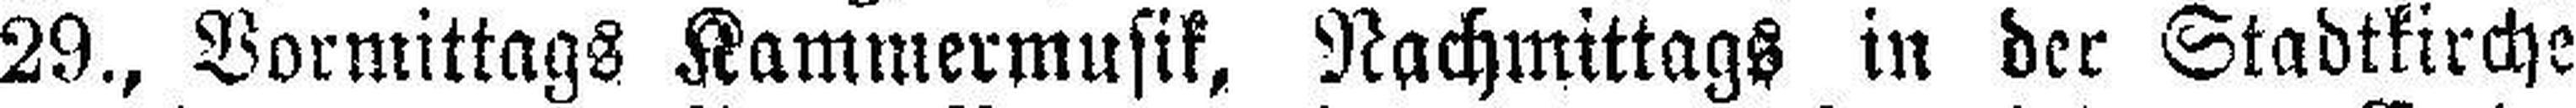
29., Vormittags Kammermusik, Nachmittags in der Stadtkirche